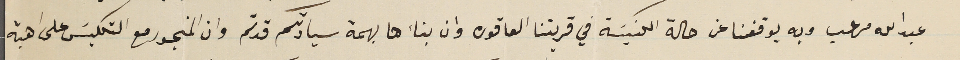
عبدالله مرعب وبه يوقفنا عن حالة الكنيسَة في قريتنا العاقوره وان بناءها بهمة سيادتكم قد تم وان المنجور مع التكليسَ على اهبة